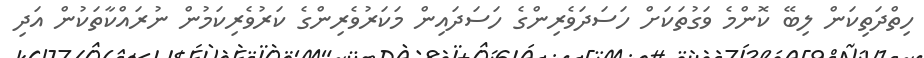
ހިތްދަތިކަން ލިބޭ ކޮންމެ ވަގުތަކަށް ހަސަދަވެރިންގެ ހަސަދައިން މަކަރުވެރިންގެ ކަރުވެރިކަމުން ނުރައްކާތަކުން އަދި